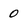
Character: 0